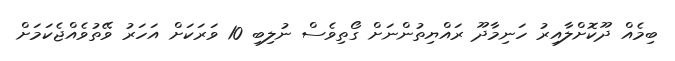
ބިމެއް ދޫކޮށްލާއިރު ހަނިމާދޫ ރައްޔިތުންނަށް ގޯތިވެސް ނުލިބި 10 ވަރަކަށް އަހަރު ވޭތުވެއްޖެކަމަށް